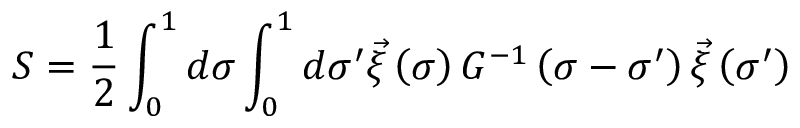
S = \frac { 1 } { 2 } \int _ { 0 } ^ { 1 } d \sigma \int _ { 0 } ^ { 1 } d \sigma ^ { \prime } \vec { \xi } \left( \sigma \right) G ^ { - 1 } \left( \sigma - \sigma ^ { \prime } \right) \vec { \xi } \left( \sigma ^ { \prime } \right)